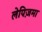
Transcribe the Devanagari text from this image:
लेपिज़मा